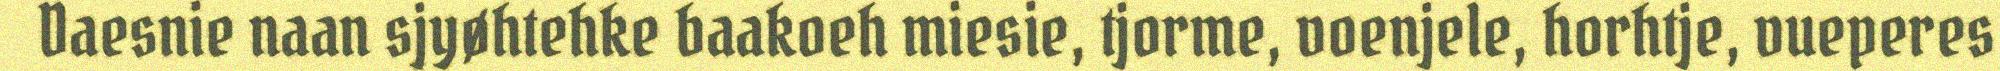
Daesnie naan sjyøhtehke baakoeh miesie, tjorme, voenjele, horhtje, vueperes